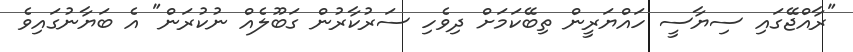
"ރާއްޖޭގައި ސިޔާސީ ހައްޔަރީން ތިބޭކަމަށް ދިވެހި ސަރުކާރުން ގަބޫލެއް ނުކުރަން" އެ ބަޔާނުގައިވެ